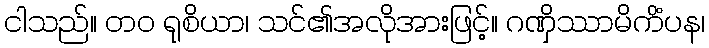
ငါသည်။ တဝ ရုစိယာ၊ သင်၏အလိုအားဖြင့်။ ဂဏှိဿာမိကိံပန၊